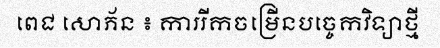
ពេជ សោភ័ន ៖ ការរីកចម្រើនបច្ចេកវិទ្យាថ្មី